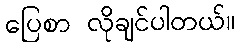
ပြေစာ လိုချင်ပါတယ်။